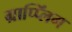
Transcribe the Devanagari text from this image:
ग्राप्प्लिंग